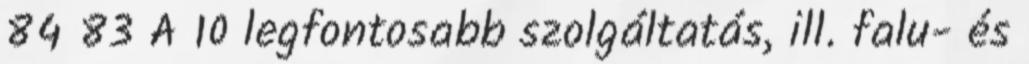
84 83 A 10 legfontosabb szolgáltatás, ill. falu- és